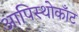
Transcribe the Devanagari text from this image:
आपिस्थोकाँट